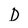
Character: D